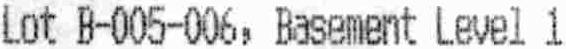
LOT B-005-006,BASEMENT LEVEL 1